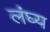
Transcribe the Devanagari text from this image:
लंघ्य